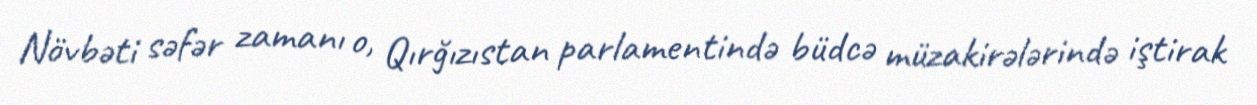
Növbəti səfər zamanı o, Qırğızıstan parlamentində büdcə müzakirələrində iştirak